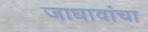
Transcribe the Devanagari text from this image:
जाधावांचा